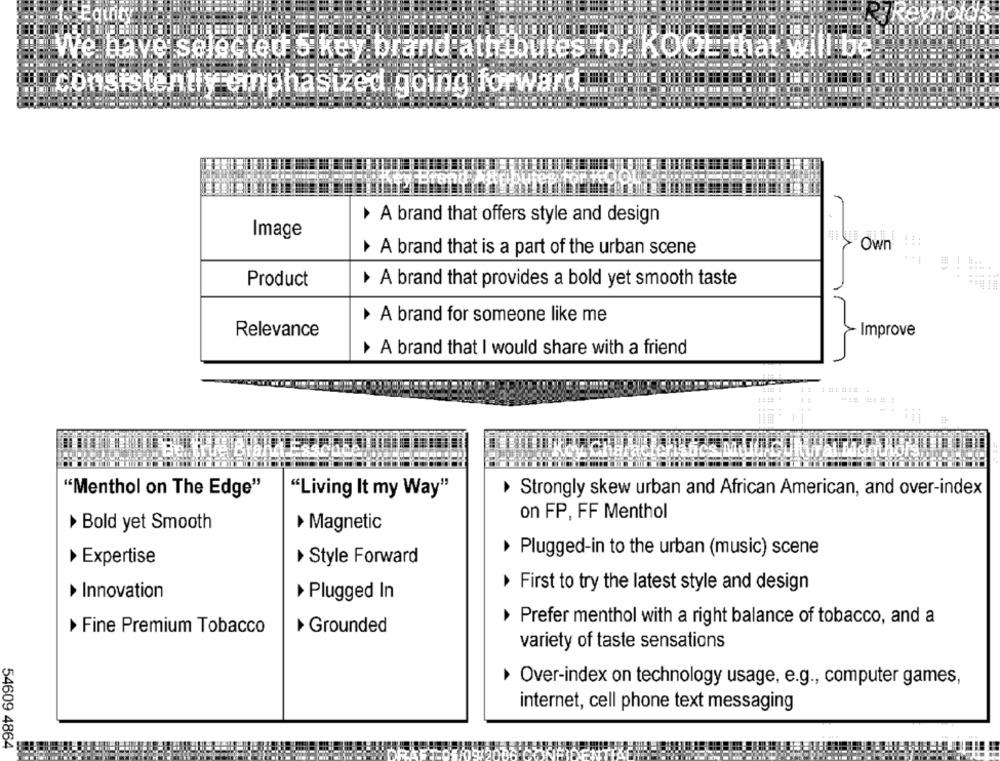
"1- Equity
l:be
We have selected 5 key brand attributes for KOGE that wi
consistently emphasized going forward to
A brand that offers style and design
Image
-.
A brand that is a part of the urban scene
Own
*+1
Product
A brand that provides a bold yet smooth taste
A brand for someone like me
Relevance
Improve
A brand that I would share with a friend
"Menthol on The Edge"
"Living It my Way"
Strongly skew urban and African American, and over-index
on FP, FF Menthol
Bold yet Smooth
Magnetic
Plugged-in to the urban (music) scene
Expertise
Style Forward
First to try the latest style and design
Innovation
Plugged In
Prefer menthol with a right balance of tobacco, and a
Fine Premium Tobacco
Grounded
variety of taste sensations
Over-index on technology usage, e.g ., computer games,
internet, cell phone text messaging
54609 4864